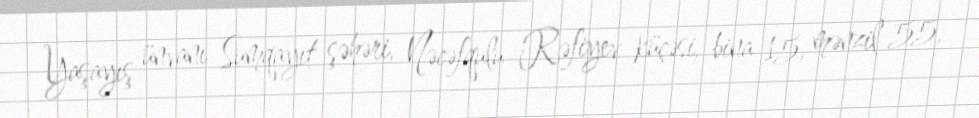
Yaşayış ünvanı Sumqayıt şəhəri, Nəcəfqulu Rəfiyev küçəsi, bina 15, mənzil 55,